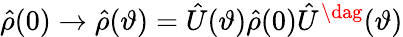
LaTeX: \hat{\rho}(0)\rightarrow\hat{\rho}(\vartheta)=\hat{U}(\vartheta)\hat{\rho}(0)\hat{U}^{\dag}(\vartheta)